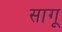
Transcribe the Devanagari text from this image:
सागू